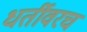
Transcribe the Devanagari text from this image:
धर्तीवरच